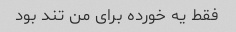
فقط یه خورده برای من تند بود